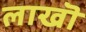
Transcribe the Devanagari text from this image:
लाखॊ